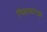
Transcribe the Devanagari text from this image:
मिलकरक़